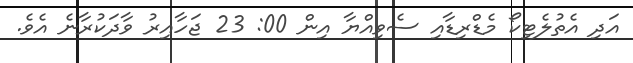
އަދި އެތުލެޓިކޯ މެޑްރިޑާއި ސެވިއްޔާ އިން 00: 23 ޖަހާއިރު ވާދަކުރާނެ އެވެ.